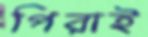
পিরাই